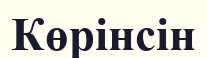
Көрінсін